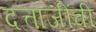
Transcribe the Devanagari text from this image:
दत्ताजींची